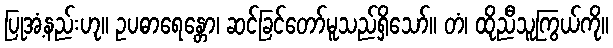
ပြုအံ့နည်းဟု။ ဥပဓာရေန္တော၊ ဆင်ခြင်တော်မူသည်ရှိသော်။ တံ၊ ထိုညီသူကြွယ်ကို။